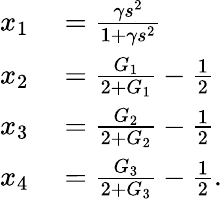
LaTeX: \begin{array}{rl}{x_{1}}&{{}=\frac{\gamma s^{2}}{1+\gamma s^{2}}}\\ {x_{2}}&{{}=\frac{G_{1}}{2+G_{1}}-\frac{1}{2}}\\ {x_{3}}&{{}=\frac{G_{2}}{2+G_{2}}-\frac{1}{2}}\\ {x_{4}}&{{}=\frac{G_{3}}{2+G_{3}}-\frac{1}{2}.}\end{array}